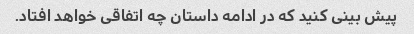
پیش بینی کنید که در ادامه داستان چه اتفاقی خواهد افتاد.